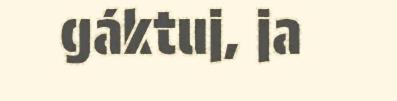
gáktuj, ja